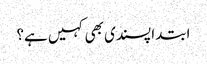
ابتدا پسندی بھی کہیں ہے؟